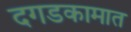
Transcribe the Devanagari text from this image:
दगडकामात